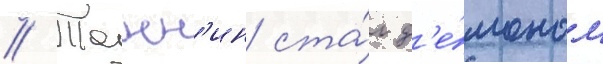
// Танн'ин ста́л д'е́моном